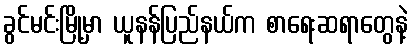
ခွင်မင်းမြို့မှာ ယူနန်ပြည်နယ်က စာရေးဆရာတွေနဲ့